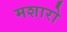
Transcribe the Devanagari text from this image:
मशारो